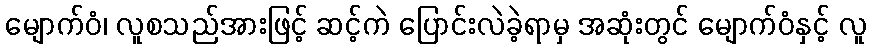
မျောက်ဝံ၊ လူစသည်အားဖြင့် ဆင့်ကဲ ပြောင်းလဲခဲ့ရာမှ အဆုံးတွင် မျောက်ဝံနှင့် လူ